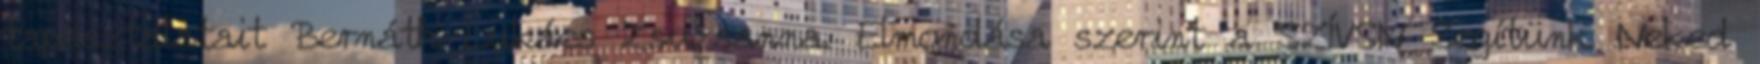
tapasztalatait Bernáth-Lukács Zsuzsanna. Elmondása szerint a SZÍVSN Segítünk Neked